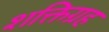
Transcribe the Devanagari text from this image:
शक्तिग्रह